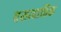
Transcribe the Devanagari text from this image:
वसाहातिक